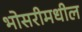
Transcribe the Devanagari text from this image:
भोसरीमधील